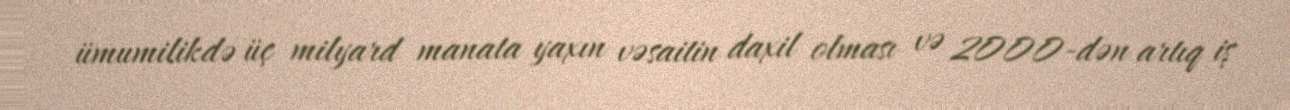
ümumilikdə üç milyard manata yaxın vəsaitin daxil olması və 2000-dən artıq iş